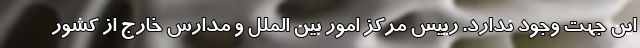
این جهت وجود ندارد. رییس مرکز امور بین الملل و مدارس خارج از کشور